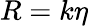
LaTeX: R=k\eta